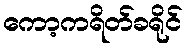
ကော့ကရိတ်ခရိုင်